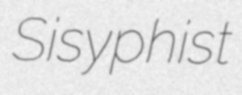
Sisyphist